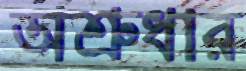
অশ্রুধার